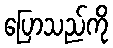
ပြောသည်ကို